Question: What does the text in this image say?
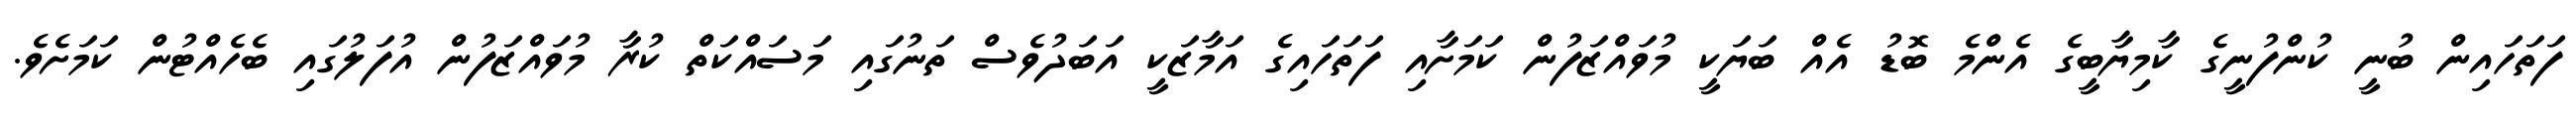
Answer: ފަތަހައިން ބުނީ ކުންފުނީގެ ކާމިޔާބީގެ އެންމެ ބޮޑު އެއް ބަޔަކީ މުވައްޒަފުން ކަމަށާއި ފަތަހައިގެ އަމާޒަކީ އަބަދުވެސް ތަނުގައި މަސައްކަތް ކުރާ މުވައްޒަފުން އުފަލުގައި ބެހެއްޓުން ކަމަށެވެ.